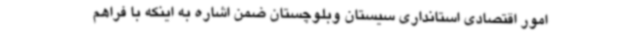
امور اقتصادی استانداری سیستان وبلوچستان ضمن اشاره به اینکه با فراهم